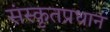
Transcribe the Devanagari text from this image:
संस्कृतप्रधान